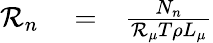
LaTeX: \begin{array}{rlr}{\mathcal{R}_{n}}&{{}=}&{\frac{N_{n}}{\mathcal{R}_{\mu}T\rho L_{\mu}}}\end{array}